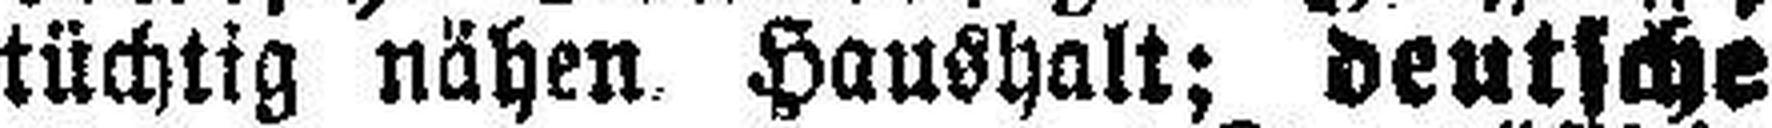
tüchtig nähen Haushalt; deutsche